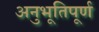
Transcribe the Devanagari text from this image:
अनुभूतिपूर्ण